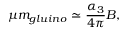
\mu m _ { g l u i n o } \simeq { \frac { \alpha _ { 3 } } { 4 \pi } } B ,